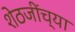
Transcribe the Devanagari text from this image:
शेठजींच्या